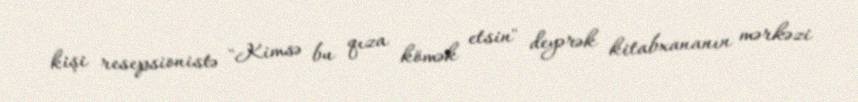
kişi resepsionistə "Kimsə bu qıza kömək etsin" deyərək kitabxananın mərkəzi